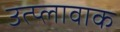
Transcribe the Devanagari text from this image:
उत्प्लावाक